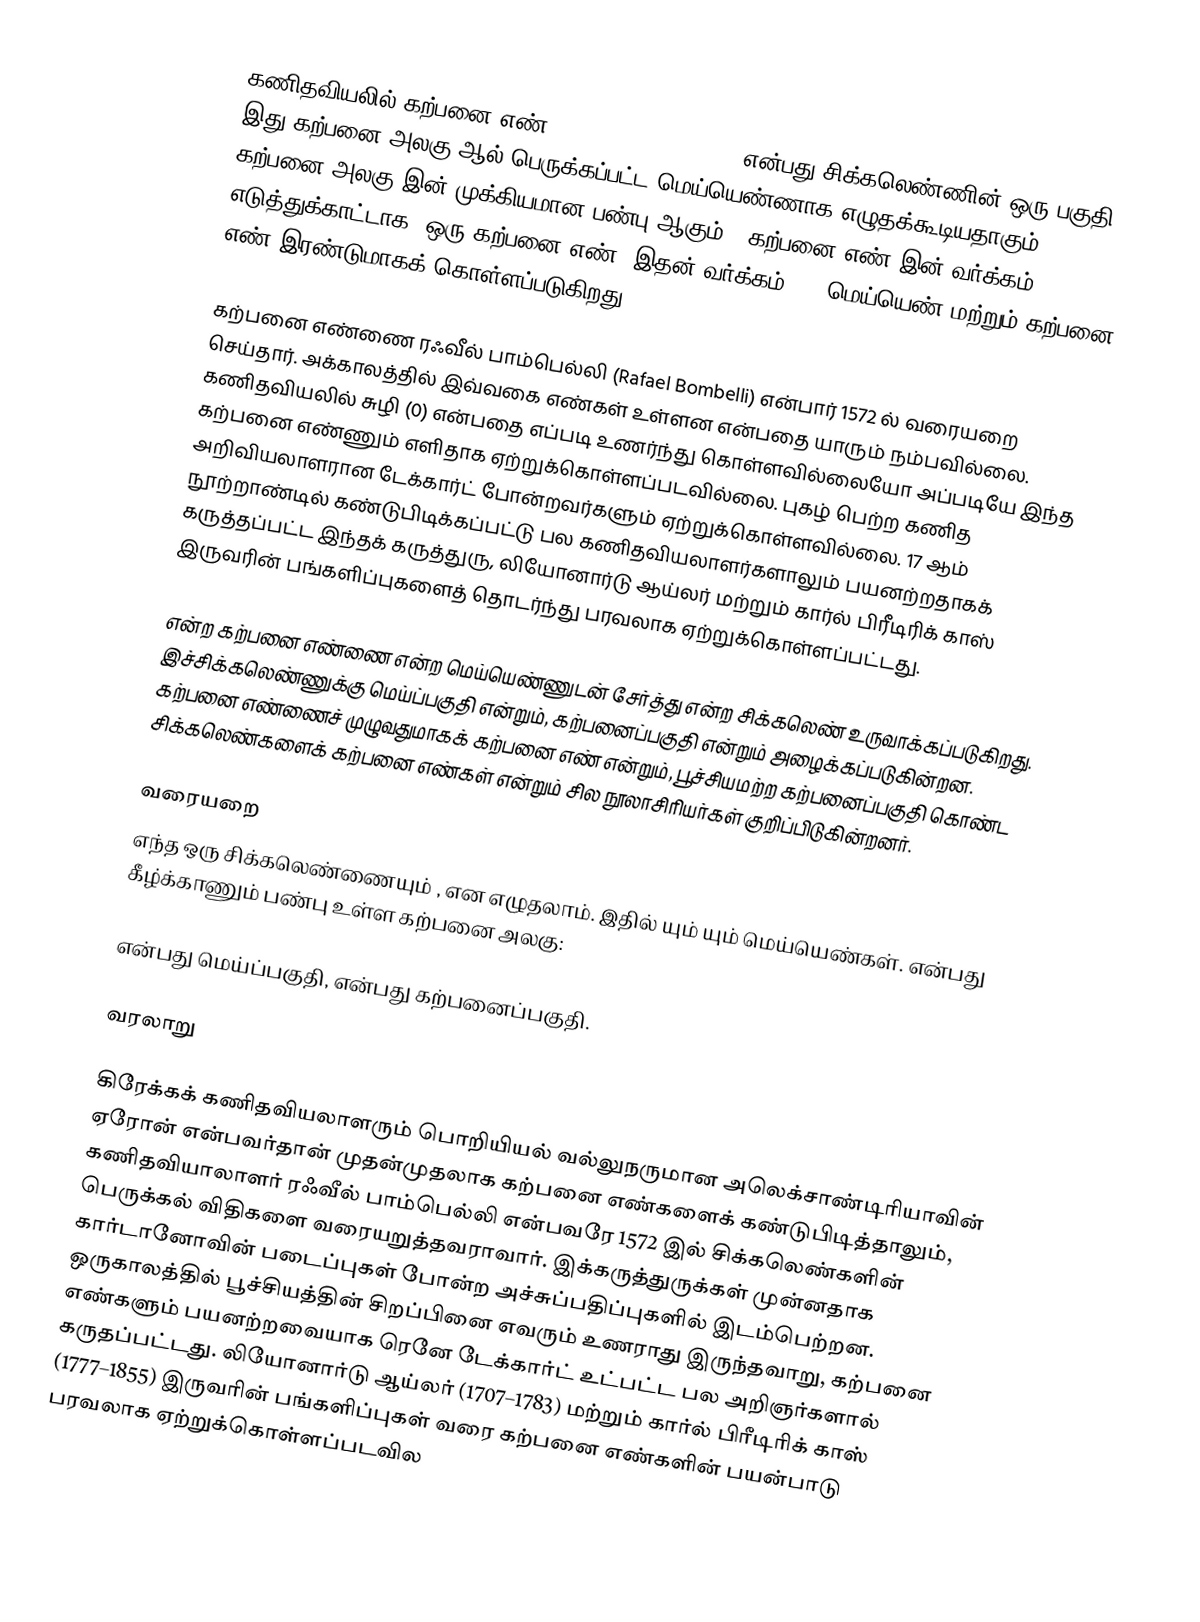
கணிதவியலில் கற்பனை எண் () (Imaginary Number) என்பது சிக்கலெண்ணின் ஒரு பகுதி. இது கற்பனை அலகு  ஆல் பெருக்கப்பட்ட மெய்யெண்ணாக எழுதக்கூடியதாகும். கற்பனை அலகு  இன் முக்கியமான பண்பு  ஆகும்.. கற்பனை எண்  இன் வர்க்கம் . எடுத்துக்காட்டாக,  ஒரு கற்பனை எண்; இதன் வர்க்கம் . 0 மெய்யெண் மற்றும் கற்பனை எண் இரண்டுமாகக் கொள்ளப்படுகிறது.

கற்பனை எண்ணை ரஃவீல் பாம்பெல்லி (Rafael Bombelli) என்பார் 1572 ல் வரையறை செய்தார். அக்காலத்தில் இவ்வகை எண்கள் உள்ளன என்பதை யாரும் நம்பவில்லை. கணிதவியலில் சுழி (0) என்பதை எப்படி உணர்ந்து கொள்ளவில்லையோ அப்படியே இந்த கற்பனை எண்ணும் எளிதாக ஏற்றுக்கொள்ளப்படவில்லை. புகழ் பெற்ற கணித அறிவியலாளரான டேக்கார்ட் போன்றவர்களும் ஏற்றுக்கொள்ளவில்லை. 17 ஆம் நூற்றாண்டில் கண்டுபிடிக்கப்பட்டு பல கணிதவியலாளர்களாலும் பயனற்றதாகக் கருத்தப்பட்ட இந்தக் கருத்துரு, லியோனார்டு ஆய்லர் மற்றும் கார்ல் பிரீடிரிக் காஸ் இருவரின் பங்களிப்புகளைத் தொடர்ந்து பரவலாக ஏற்றுக்கொள்ளப்பட்டது.

 என்ற கற்பனை எண்ணை  என்ற மெய்யெண்ணுடன் சேர்த்து  என்ற சிக்கலெண் உருவாக்கப்படுகிறது. இச்சிக்கலெண்ணுக்கு  மெய்ப்பகுதி என்றும்,  கற்பனைப்பகுதி என்றும் அழைக்கப்படுகின்றன. கற்பனை எண்ணைச் முழுவதுமாகக் கற்பனை எண் என்றும், பூச்சியமற்ற கற்பனைப்பகுதி கொண்ட சிக்கலெண்களைக் கற்பனை எண்கள் என்றும் சில நூலாசிரியர்கள்  குறிப்பிடுகின்றனர்.

வரையறை
எந்த ஒரு சிக்கலெண்ணையும் , என எழுதலாம். இதில்  யும்  யும் மெய்யெண்கள்.  என்பது கீழ்க்காணும் பண்பு உள்ள கற்பனை அலகு:

 என்பது மெய்ப்பகுதி,  என்பது கற்பனைப்பகுதி.

வரலாறு

கிரேக்கக் கணிதவியலாளரும் பொறியியல் வல்லுநருமான அலெக்சாண்டிரியாவின் ஏரோன் என்பவர்தான் முதன்முதலாக கற்பனை எண்களைக் கண்டுபிடித்தாலும், கணிதவியாலாளர் ரஃவீல் பாம்பெல்லி என்பவரே 1572 இல் சிக்கலெண்களின் பெருக்கல் விதிகளை வரையறுத்தவராவார். இக்கருத்துருக்கள் முன்னதாக கார்டானோவின் படைப்புகள் போன்ற அச்சுப்பதிப்புகளில் இடம்பெற்றன. ஒருகாலத்தில் பூச்சியத்தின் சிறப்பினை எவரும் உணராது இருந்தவாறு, கற்பனை எண்களும் பயனற்றவையாக ரெனே டேக்கார்ட் உட்பட்ட பல அறிஞர்களால் கருதப்பட்டது.  லியோனார்டு ஆய்லர் (1707–1783) மற்றும் கார்ல் பிரீடிரிக் காஸ் (1777–1855) இருவரின் பங்களிப்புகள் வரை கற்பனை எண்களின் பயன்பாடு பரவலாக ஏற்றுக்கொள்ளப்படவில